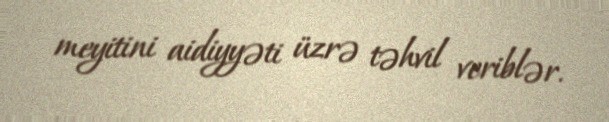
meyitini aidiyyəti üzrə təhvil veriblər.